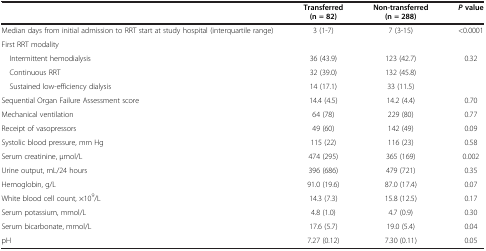
<table><thead><tr><td></td><td><b>Transferred (n = 82)</b></td><td><b>Non-transferred (n = 288)</b></td><td><b><i>P</i>value</b></td></tr></thead><tbody><tr><td>Median days from initial admission to RRT start at study hospital (interquartile range)</td><td>3 (1-7)</td><td>7 (3-15)</td><td>&lt;0.0001</td></tr><tr><td>First RRT modality</td><td></td><td></td><td></td></tr><tr><td> Intermittent hemodialysis</td><td>36 (43.9)</td><td>123 (42.7)</td><td rowspan="3">0.32</td></tr><tr><td> Continuous RRT</td><td>32 (39.0)</td><td>132 (45.8)</td></tr><tr><td> Sustained low-efficiency dialysis</td><td>14 (17.1)</td><td>33 (11.5)</td></tr><tr><td>Sequential Organ Failure Assessment score</td><td>14.4 (4.5)</td><td>14.2 (4.4)</td><td>0.70</td></tr><tr><td>Mechanical ventilation</td><td>64 (78)</td><td>229 (80)</td><td>0.77</td></tr><tr><td>Receipt of vasopressors</td><td>49 (60)</td><td>142 (49)</td><td>0.09</td></tr><tr><td>Systolic blood pressure, mm Hg</td><td>115 (22)</td><td>116 (23)</td><td>0.58</td></tr><tr><td>Serum creatinine, μmol/L</td><td>474 (295)</td><td>365 (169)</td><td>0.002</td></tr><tr><td>Urine output, mL/24 hours</td><td>396 (686)</td><td>479 (721)</td><td>0.35</td></tr><tr><td>Hemoglobin, g/L</td><td>91.0 (19.6)</td><td>87.0 (17.4)</td><td>0.07</td></tr><tr><td>White blood cell count, ×10<sup>9</sup>/L</td><td>14.3 (7.3)</td><td>15.8 (12.5)</td><td>0.17</td></tr><tr><td>Serum potassium, mmol/L</td><td>4.8 (1.0)</td><td>4.7 (0.9)</td><td>0.30</td></tr><tr><td>Serum bicarbonate, mmol/L</td><td>17.6 (5.7)</td><td>19.0 (5.4)</td><td>0.04</td></tr><tr><td>pH</td><td>7.27 (0.12)</td><td>7.30 (0.11)</td><td>0.05</td></tr></tbody></table>